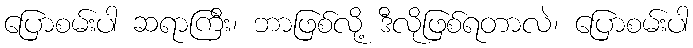
ပြောစမ်းပါ ဆရာကြီး၊ ဘာဖြစ်လို့ ဒီလိုဖြစ်ရတာလဲ၊ ပြောစမ်းပါ